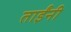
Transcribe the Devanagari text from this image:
ताईंनी